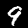
Label: 9